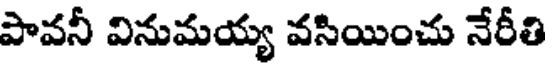
పావనీ వినుమయ్య వసియించు నేరీతి